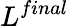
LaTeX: L^{final}